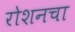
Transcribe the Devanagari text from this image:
रोशनचा